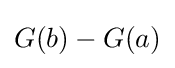
G(b)-G(a)